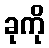
ခုကို